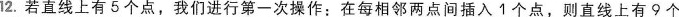
12.若直线上有5个点，我们进行第一次操作：在每相邻两点间插入1个点，则直线上有9个